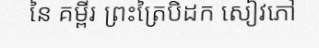
នៃ គម្ពីរ ព្រះត្រៃបិដក សៀវភៅ